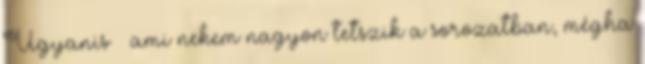
Ugyanis – ami nekem nagyon tetszik a sorozatban, mégha